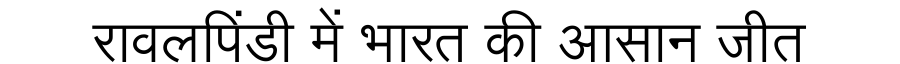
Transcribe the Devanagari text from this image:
रावलपिंडी में भारत की आसान जीत